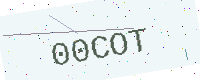
Text: 00COT